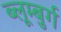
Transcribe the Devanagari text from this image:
ब्लूम्बुर्ग